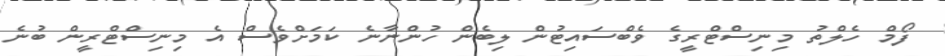
ފޯމް ހެލްތު މިނިސްޓްރީގެ ވެބްސައިޓުން ލިބެން ހުންނާނެ ކަމަށްވެސް އެ މިނިސްޓްރީން ބުނެ